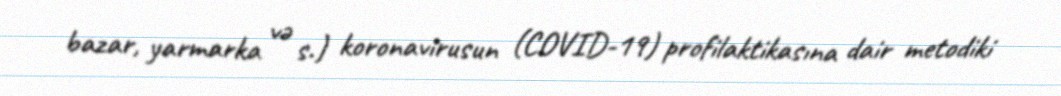
bazar, yarmarka və s.) koronavirusun (COVID-19) profilaktikasına dair metodiki